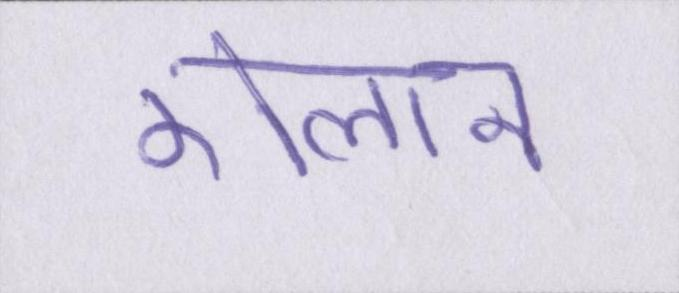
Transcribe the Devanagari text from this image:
ऐलान